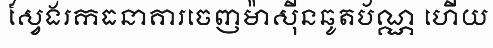
ស្វែងរកធនាគារចេញម៉ាស៊ីនឆូតប័ណ្ណ ហើយ